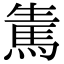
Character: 𩢫